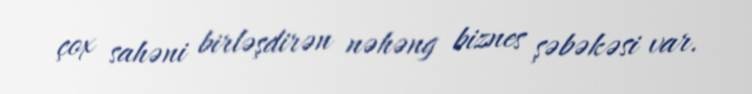
çox sahəni birləşdirən nəhəng biznes şəbəkəsi var.